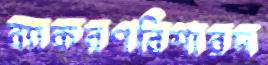
ব্যাকরণবিশারদ